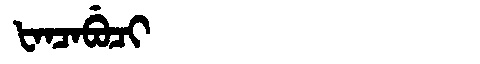
Manchu: ᡶᠠᠨᠴᠠᠪᡠᠴᡳ
Romanization: FANCABUCI